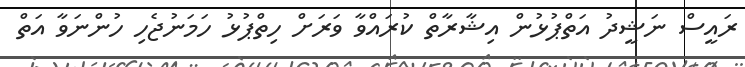
ރައީސް ނަޝީދު އަތްޕުޅުން އިޝާރާތް ކުރައްވާ ވަރަށް ހިތްޕުޅު ހަމަނުޖެހި ހުންނަވާ އަތް